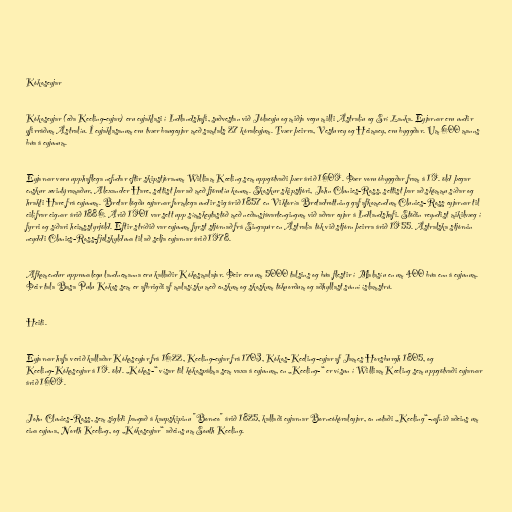
Kókoseyjar

Kókoseyjar (eða Keeling-eyjar) eru eyjaklasi í Indlandshafi, suðvestan við Jólaeyju og miðja vegu milli Ástralíu og Srí Lanka. Eyjarnar eru undir
yfirráðum Ástralíu. Í eyjaklasanum eru tvær baugeyjar með samtals 27 kóraleyjum. Tvær þeirra, Vesturey og Heimaey, eru byggðar. Um 600 manns
búa á eyjunum.

Eyjarnar voru upphaflega nefndar eftir skipstjóranum William Keeling sem uppgötvaði þær árið 1609. Þær voru óbyggðar fram á 19. öld þegar
enskur ævintýramaður, Alexander Hare, settist þar að með fjörutíu konum. Skoskur skipstjóri, John Clunies-Ross, settist þar að skömmu síðar og
hrakti Hare frá eyjunum. Bretar lögðu eyjarnar formlega undir sig árið 1857 en Viktoría Bretadrottning gaf afkomendum Clunies-Ross eyjarnar til
eilífrar eignar árið 1886. Árið 1901 var sett upp símskeytastöð með neðansjávartengingum við aðrar eyjar á Indlandshafi. Stöðin reyndist mikilvæg í
fyrri og síðari heimsstyrjöld. Eftir stríðið var eyjunum fyrst stjórnað frá Singapúr en Ástralía tók við stjórn þeirra árið 1955. Ástralska stjórnin
neyddi Clunies-Ross-fjölskylduna til að selja eyjarnar árið 1978.

Afkomendur upprunalegu landnemanna eru kallaðir Kókosmalajar. Þeir eru um 5000 talsins og búa flestir í Malasíu en um 400 búa enn á eyjunum.
Þeir tala Basa Pulu Kokos sem er afbrigði af malasísku með enskum og skoskum tökuorðum og aðhyllast súnní íslamstrú.

Heiti.

Eyjarnar hafa verið kallaðar Kókoseyjar frá 1622, Keeling-eyjar frá 1703, Kókos-Keeling-eyjar af James Horsburgh 1805, og
Keeling-Kókoseyjar á 19. öld. „Kókos-“ vísar til kókospálma sem vaxa á eyjunum, en „Keeling-“ er vísun í William Keeling sem uppgötvaði eyjarnar
árið 1609.

John Clunies-Ross, sem sigldi þangað á kaupskipinu "Borneo" árið 1825, kallaði eyjarnar Borneókóraleyjar, en notaði „Keeling“-nafnið aðeins um
eina eyjuna, North Keeling, og „Kókoseyjar“ aðeins um South Keeling.